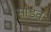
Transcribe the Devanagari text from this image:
सांडत